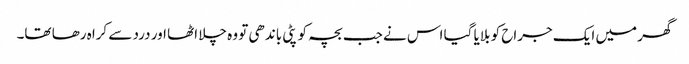
گھر میں ایک جراح کو بلایا گیا اس نے جب بچہ کو پٹی باندھی تو وہ چلا اٹھا اور درد سے کراہ رھا تھا۔